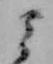
ミ